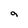
Character: a